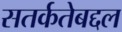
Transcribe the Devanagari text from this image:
सतर्कतेबद्दल